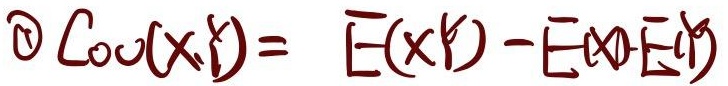
\textcircled{1}\(\text{Cov}(X,Y)= E(XY)-E(X)E(Y)\)